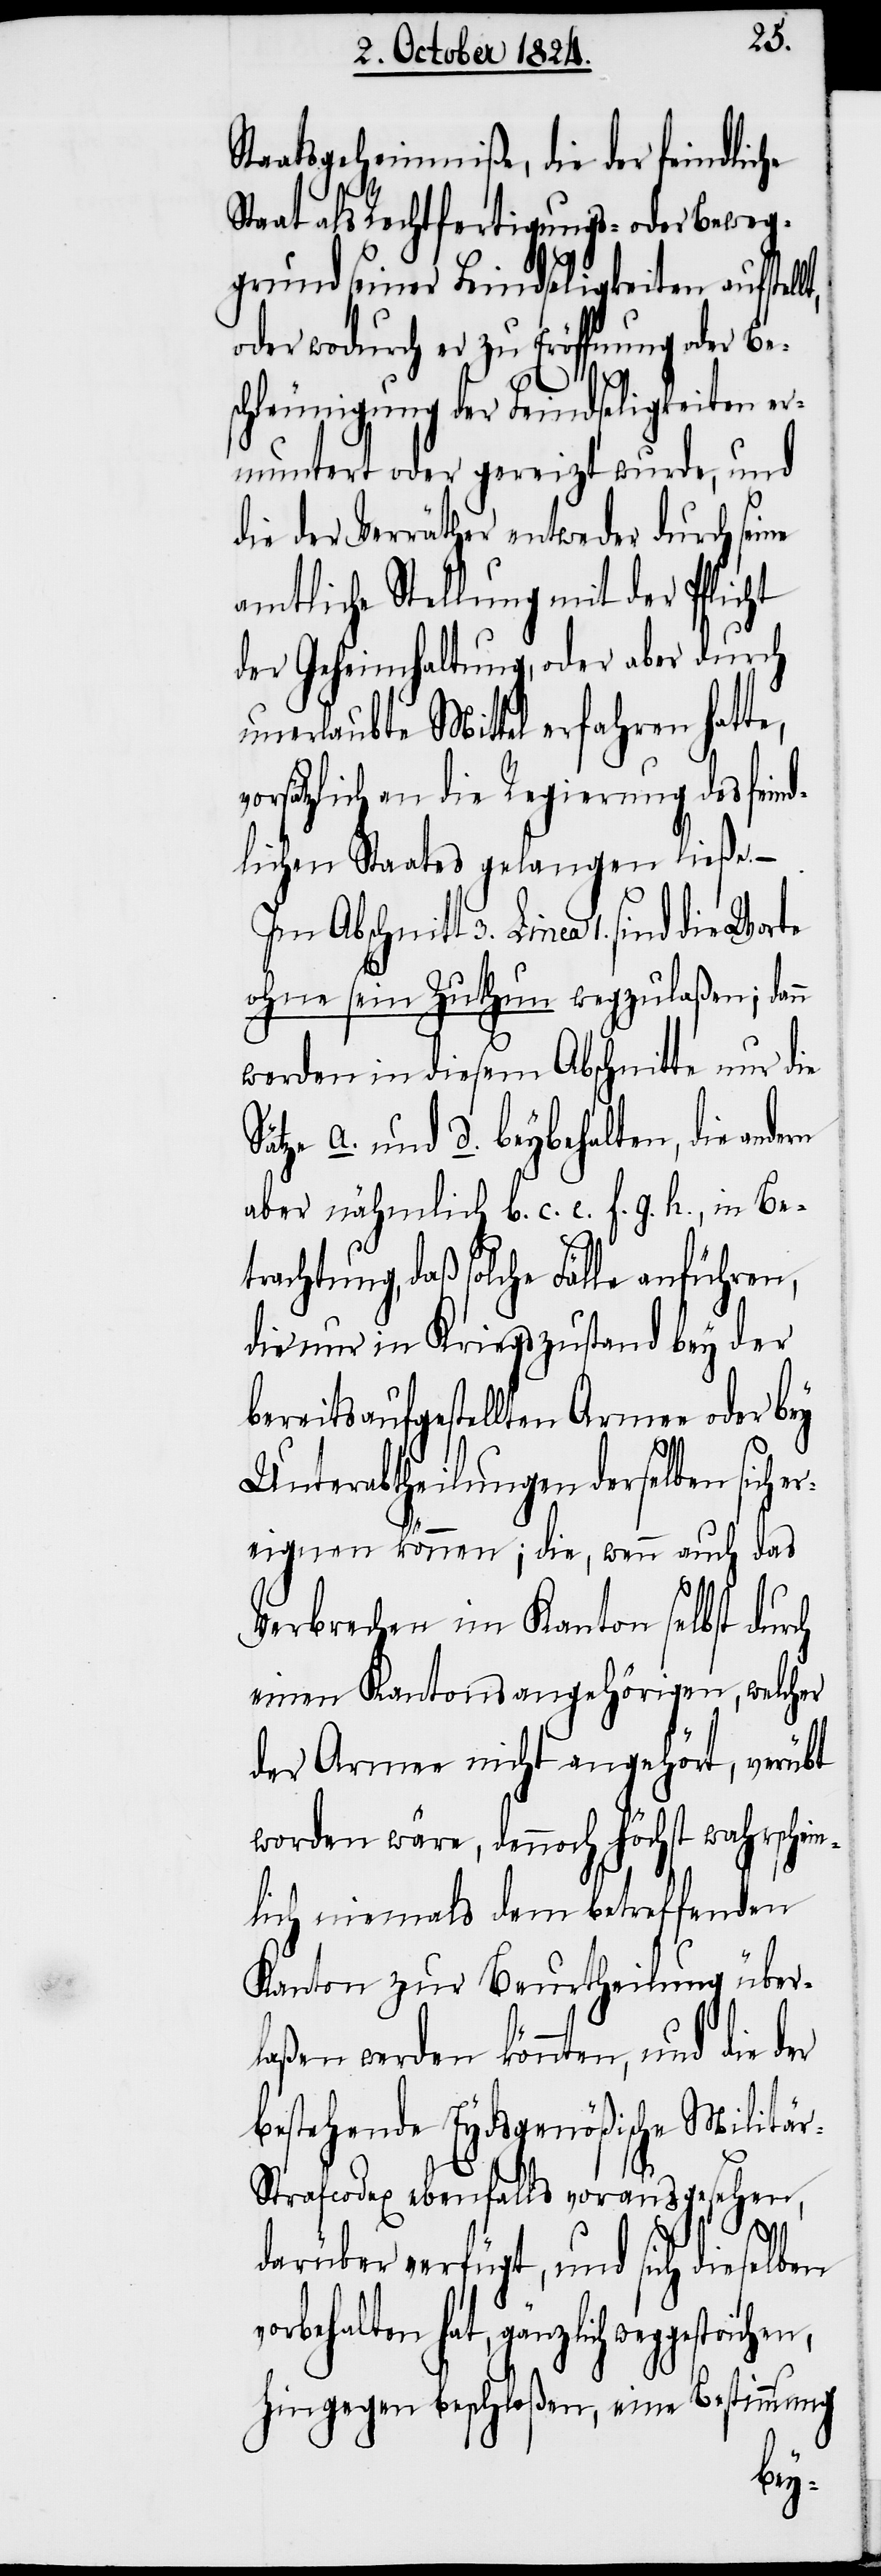
Staatsgeheimniße, die der feindliche
Staat als Rechtfertigung oder Beweg¬
grund seiner Feindseligkeiten aufstel¬
oder wodurch er zur Eröffnung oder
schleunigung der Feindseligkeiten er¬
muntert oder gereizt wurde, und
die der Verräther entweder durch seine
amtliche Stellung mit der Pflicht
der Geheimhaltung, oder aber durch
unerlaubte Mittel erfahren hatte,
vorsätzlich an die Regierung des fein¬
dlichen Staates gelangen ließe.
Im Abschnitt 3. Linea 1. sind die
ohne sein Zuthun wegzulaßen; dann
werden in diesem Abschnitte nur
Sätze a. und d. beybehalten, die ande¬
aber nähmlich b. c. e. f. g. h., in Be¬
trachtung, daß solche Fälle anfüh¬
die nur in Kriegszustand bey der
bereits aufgestellten Armee oder bey
Unterabtheilungen derselben sich
ereignen können; die, wenn auch das
Verbrechen im Kanton selbst durch
einen Kantonsangehörigen, welcher
der Armee nicht angehört, verübt
worden wäre, dennoch höchst wahrschein¬
lich niemals dem betreffenden
Kanton zur Beurtheilung über¬
laßen werden könnten, und die der
bestehende Eydsgenößische Militä¬
r-Strafcodex ebenfalls vorausgesehen,
vor¬
darüber verfügt, und sich dieselben
behalten hat, gänzlich
hingegen beschloßen, eine Bestimmung
ren,